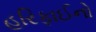
હરિફાઈનો